Report on sanitation, dispensaries, and jails in Rajputana for 1911, and on vaccination for the year 1911-1912 - 1911-1912
Year: 1911
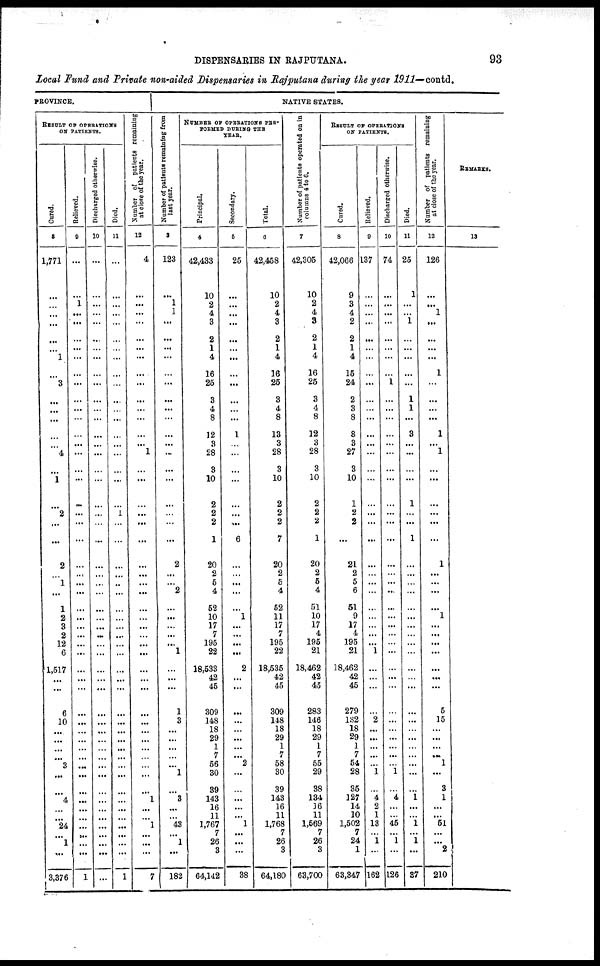
DISPENSARIES IN RAJPUTANA.
93
Local Fund and Private non-aided Dispensaries in Rajputana during the year 1911— contd.
PROVINCE.
RESULT OF OPERATIONS
ON PATIENTS.
Cured.
8
1,771
...
...
...
...
...
...
1
...
3
...
...
...
...
...
4
...
1
...
2
...
...
2
...
1
...
1
2
3
2
12
6
1,517
...
...
6
10
...
...
...
...
3
...
...
4
...
...
24
...
1
...
3,376
Relieved.
9
...
...
1
...
...
...
...
...
...
...
...
...
...
...
...
...
...
...
...
...
...
...
...
...
...
...
...
...
...
...
...
...
...
...
...
...
...
...
...
...
...
...
...
...
...
...
...
...
...
...
...
1
Discharged otherwise.
10
...
...
...
...
...
...
...
...
...
...
...
...
...
...
...
...
...
...
...
...
...
...
...
...
...
...
...
...
...
...
...
...
...
...
...
...
...
...
...
...
...
...
...
...
...
...
...
...
...
...
...
...
Died.
11
...
...
...
...
...
...
...
...
...
...
...
...
...
...
...
...
...
...
...
1
...
...
...
...
...
...
...
...
...
...
...
...
...
...
...
...
...
...
...
...
...
...
...
...
...
...
...
...
...
...
...
1
Number of patients remaining
at close of the year.
12
4
...
...
...
...
...
...
...
...
...
...
...
...
...
...
1
...
...
...
...
...
...
...
...
...
...
...
...
...
...
...
...
...
...
...
...
...
...
...
...
...
...
...
...
1
...
...
1
...
...
...
7
NATIVE STATES.
Number of patient remaining from
last year.
3
123
...
1
1
...
...
...
...
...
...
...
...
...
...
...
...
...
...
...
...
...
...
2
...
...
2
...
...
...
...
...
1
...
...
...
1
3
...
...
...
...
...
1
...
3
...
...
43
...
1
...
182
NUMBER OF OPERATIONS
PER-
FORMED DURING THE
YEAR.
Principal.
4
42,433
10
2
4
3
2
1
4
16
25
3
4
8
12
3
28
3
10
2
2
2
1
20
2
5
4
52
10
17
7
195
22
18,533
42
45
309
148
18
29
1
7
56
30
39
143
16
11
1,767
7
26
3
64,142
Secondary.
5
25
...
...
...
...
...
...
...
...
...
...
...
...
1
...
...
...
...
...
...
...
6
...
...
...
...
...
1
...
...
...
...
2
...
...
...
...
...
...
...
...
2
...
...
...
...
...
1
...
...
...
38
Total.
6
42,458
10
2
4
3
2
1
4
16
25
3
4
8
13
3
28
3
10
2
2
2
7
20
2
5
4
52
11
17
7
195
22
18,535
42
45
309
148
18
29
1
7
58
30
39
143
16
11
1,768
7
26
3
64,180
Number of patients operated on in
columns 4 to 6.
7
42,305
10
2
4
3
2
1
4
16
25
3
4
8
12
3
28
3
10
2
2
2
1
20
2
5
4
51
10
17
4
195
21
18,462
42
45
283
146
18
29
1
7
55
29
38
134
16
11
1,569
7
26
3
63,700
RESULT OF OPERATIONS
ON PATIENTS.
Cured.
8
42,066
9
3
4
2
2
1
4
15
24
2
3
8
8
3
27
3
10
1
2
2
...
21
2
5
6
51
9
17
4
195
21
18,462
42
45
279
132
18
29
1
7
54
28
35
127
14
10
1,502
7
24
1
63,347
Relieved.
9
137
...
...
...
...
...
...
...
...
...
...
...
...
...
...
...
...
...
...
...
...
...
...
...
...
...
...
...
...
...
...
1
...
...
...
...
2
...
...
...
...
...
1
...
4
2
1
13
...
1
...
162
Discharged otherwise.
10
74
...
...
...
...
...
...
...
...
1
...
...
...
...
...
...
...
...
...
...
...
...
...
...
...
...
...
...
...
...
...
...
...
...
...
...
...
...
...
...
...
...
1
...
4
...
...
45
...
1
...
126
Died.
11
25
1
...
...
1
...
...
...
...
...
1
1
...
3
...
...
...
...
1
...
...
1
...
...
...
...
...
...
...
...
...
...
...
...
...
...
...
...
...
...
...
...
...
...
1
...
...
1
...
1
...
37
Number of patients remaining
at close of the year.
12
126
...
...
1
...
...
...
...
1
...
...
...
...
1
...
1
...
...
...
...
...
...
1
...
...
...
...
1
...
...
...
...
...
...
...
5
15
...
...
...
...
1
...
3
1
...
...
51
...
...
2
210
REMARKS.
13